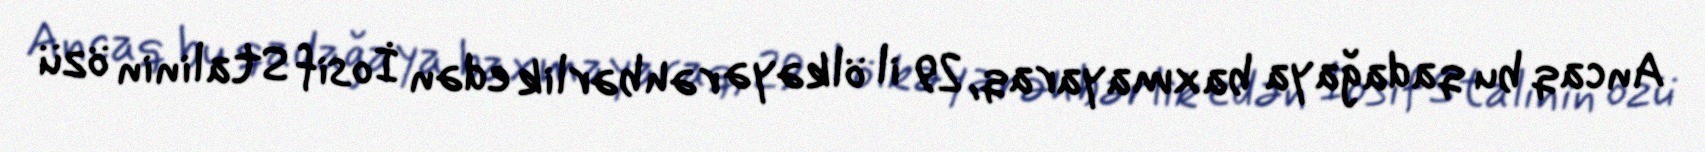
Ancaq bu qadağaya baxmayaraq, 29 il ölkəyə rəhbərlik edən İosif Stalinin özü